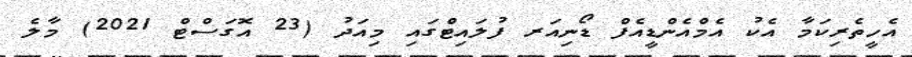
އެހީތެރިކަމާ އެކު އެމްއެންޑީއެފް ޑޯނިއަރ ފުލައިޓްގައި މިއަދު (23 އޮގަސްޓް 2021) މާލެ